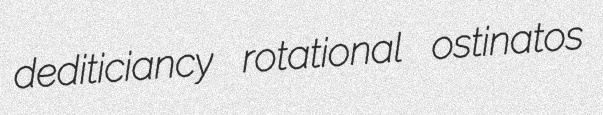
dediticiancy rotational ostinatos